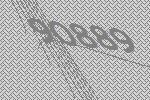
90889